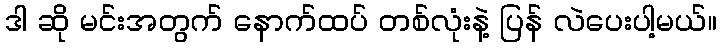
ဒါ ဆို မင်းအတွက် နောက်ထပ် တစ်လုံးနဲ့ ပြန် လဲပေးပါ့မယ်။